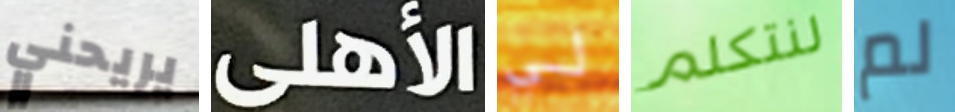
يريحني الأهلى لي لنتكلم لم